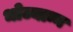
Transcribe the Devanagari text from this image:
भोज्यान्न